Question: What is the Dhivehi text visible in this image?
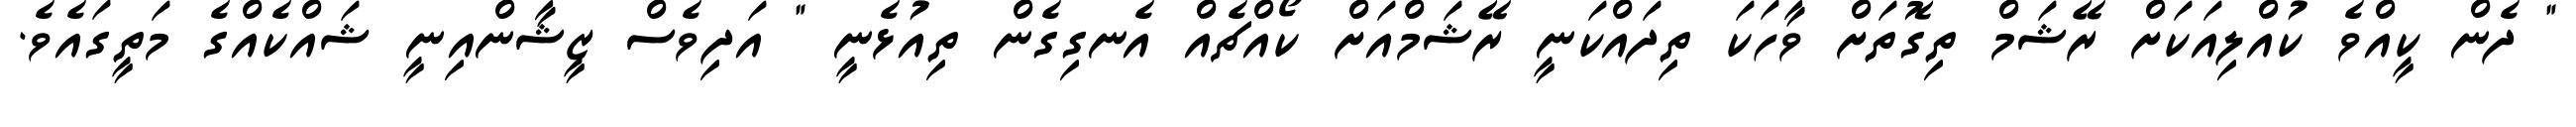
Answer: " ދެން ކީއްވެ ކުއްލިއަކަށް ރޭޝަމް ތިގޮތަށް ވާހަކަ ތިދައްކަނީ ރޭޝަމްއަށް ކޯއްޗެއް އެނގިގެން ތިއުޅެނީ " އަދިވެސް ޒީޝާންއިނީ ޝައްކެއްގެ މަތީގައެވެ.